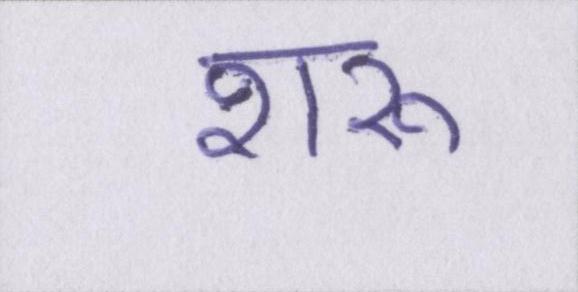
शरू